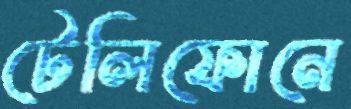
টেলিফোনে